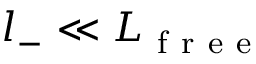
l _ { - } \ll L _ { \mathrm { ~ f ~ r ~ e ~ e ~ } }